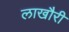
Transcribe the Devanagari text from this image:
लाखौरी